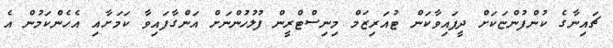
ޗައިނާގެ ކުންފުންޏަކަށް ދީފައިވާކަން ޓުއަރިޒަމް މިނިސްޓްރީން ފުލުހުންނަށް އަންގާފައިވާ ކަމަށާއި އެހެންކަމުން އެ